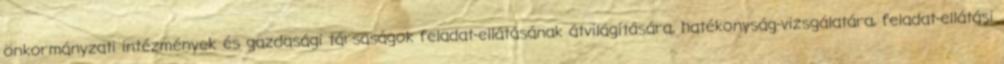
önkormányzati intézmények és gazdasági társaságok feladat-ellátásának átvilágítására, hatékonyság-vizsgálatára, feladat-ellátási